system: You are a helpful assistant.
user:
Analyze the provided spectrum to determine if it is a **Carbon Star (C-type)**.

- **Key Visual Indicators of Carbon Star:**
    - **(Primary):** Strong molecular absorption from **C₂ (diatomic carbon) "Swan Bands."** This is the **defining feature** of a carbon star.
        - **(Key Bandheads):** Sharp absorption edges are visible at approximately $5635$ Å, $5165$ Å (the strongest band), and $4737$ Å.
        - **(Line Profile):** Creates a distinct **"saw-tooth"** pattern. The key morphology is a sharp, steep bandhead on the **red (long-wavelength) side**, which then gradually tapers off (i.e., flux recovers) towards the **blue (short-wavelength) side**. *(This is the direct opposite of the TiO bands seen in M-type stars)*.

    - **(Secondary):** Intense **CN (cyanogen)** molecular absorption bands.
        - **(Key Bandheads):** Located in the blue and violet regions of the spectrum (e.g., near $4215$ Å and $3883$ Å).
        - **(Morphology):** These bands are extremely broad and act as a "blanket," absorbing the vast majority of blue and violet light. This creates a characteristic **"cliff"** or **"steep drop-off"** in the spectrum's flux at short wavelengths.

    - **(Key Confirmation):** Strong **CH absorption band (G-band)**.
        - **(Key Bandhead):** Located around $4300$ Å. The contribution from CH molecules to this band is exceptionally strong.

    - **(Overall Spectrum):**
        - The continuum is severely "chopped up" by these deep molecular bands, especially C₂, rather than appearing as a smooth curve.
        - Due to the heavy CN and C₂ absorption in the blue-green, the vast majority of the star's flux is concentrated in the red part of the spectrum, giving the star its characteristic deep red color.

Think first, call **spectral_visualization_tool** if needed to examine features in detail, then provide your final answer. Your response must adhere to the following strict rules:
1.  **Overall Structure:** Your response must follow the format `<think>...</think> <tool_call>...</tool_call> (if a tool is used) <answer>...</answer>`.
2.  **Tool Usage Constraint:** You may only make **one** tool call per turn.
3.  **Final Answer Format:** In the `<answer>` tag, your conclusion must be inside a `\boxed{}` command (e.g., `\boxed{YES}`), followed by your justification.

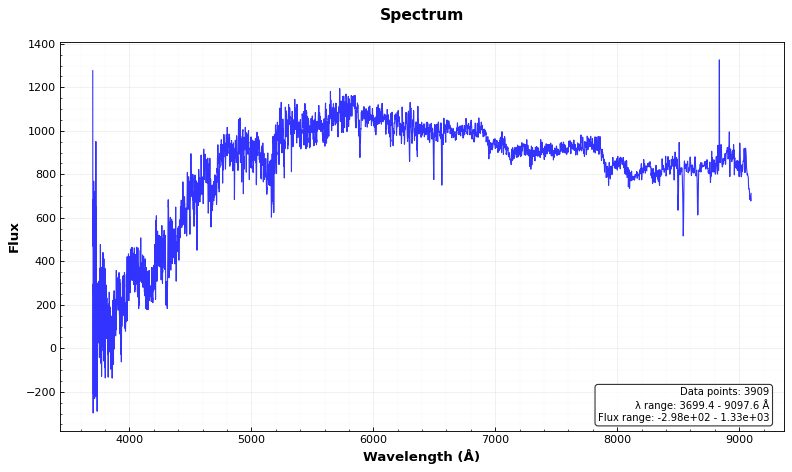
Answer: YES